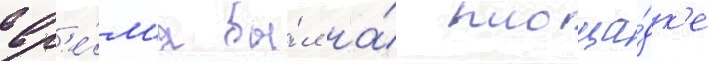
вр'е́м'я бы́л на́ площа́дк'е